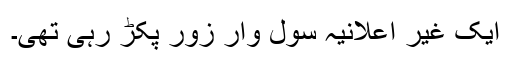
ایک غیر اعلانیہ سول وار زور پکڑ رہی تھی۔